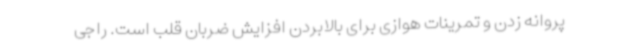
پروانه زدن و تمرینات هوازی برای بالابردن افزایش ضربان قلب است. راجی